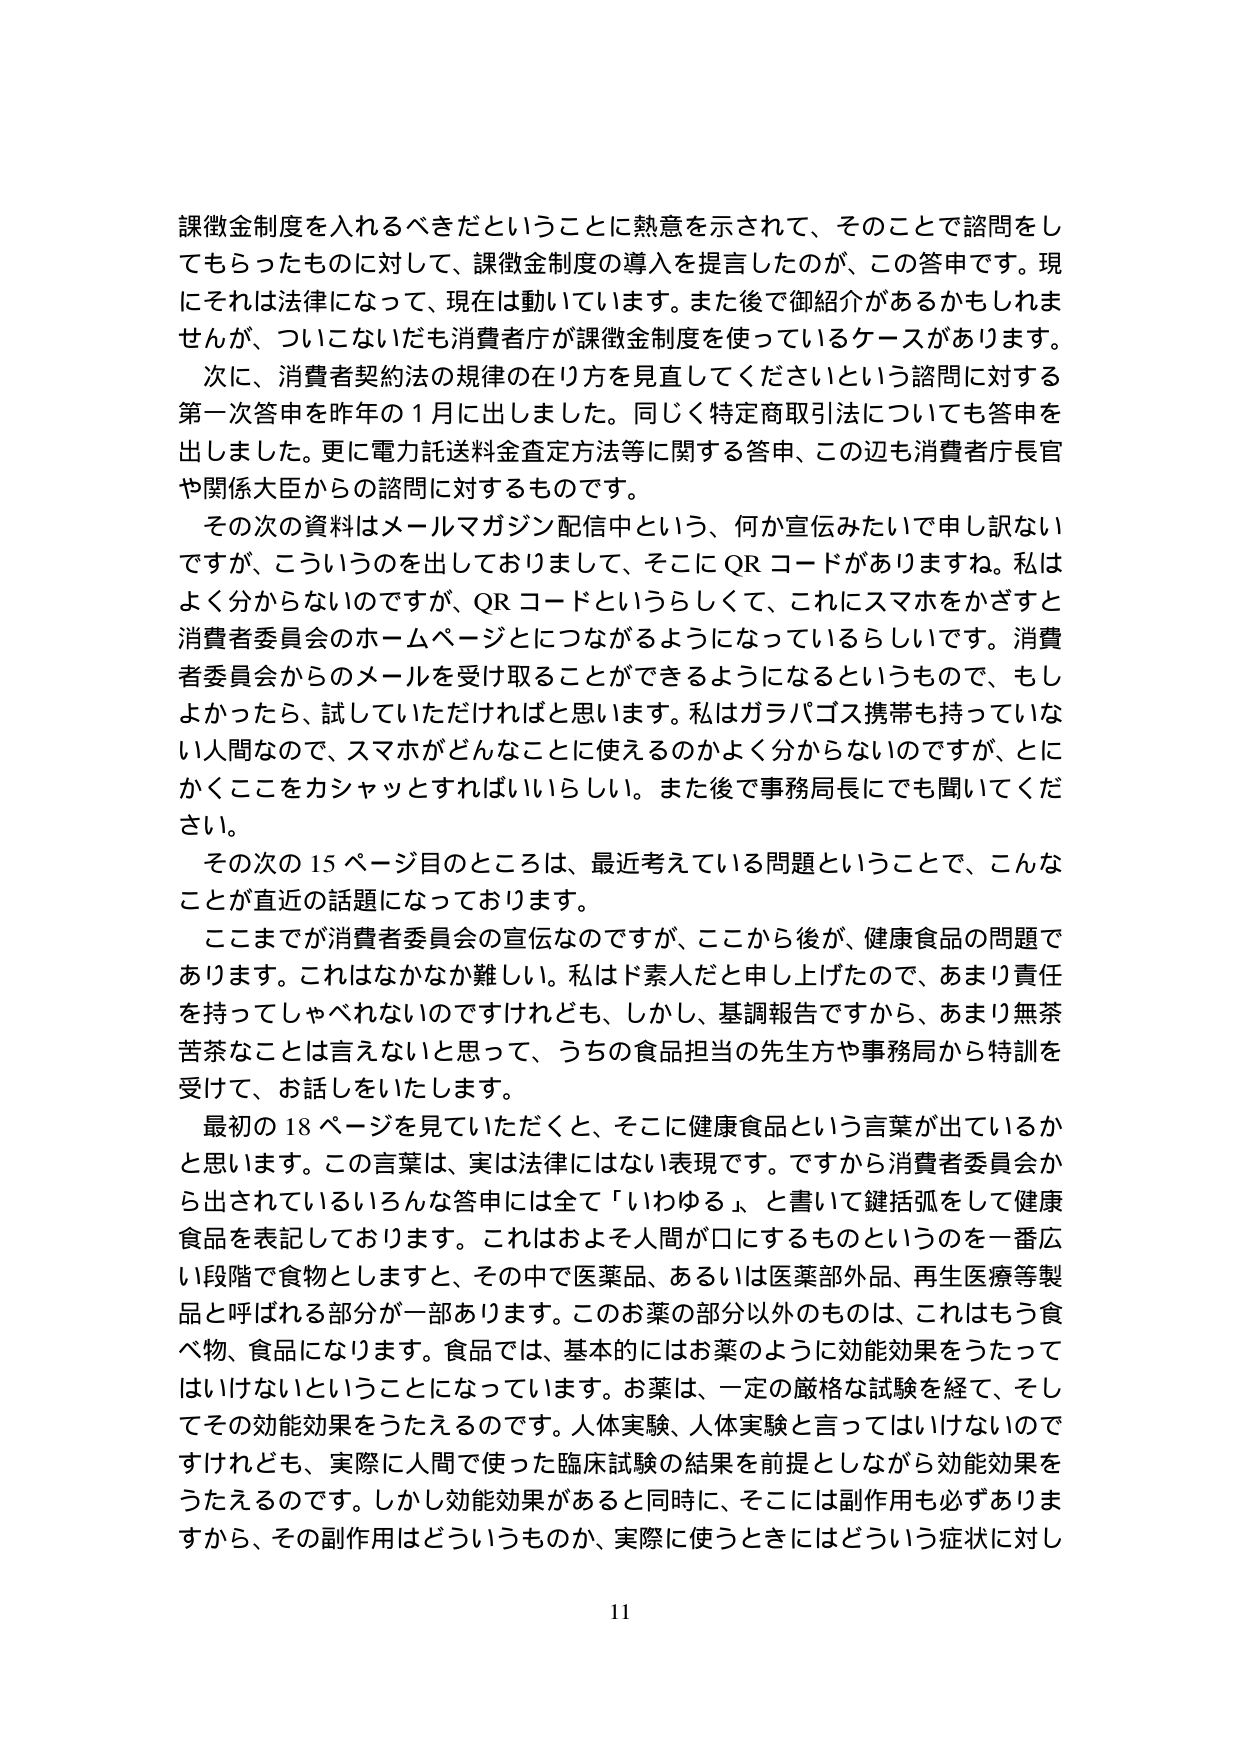
課徴金制度を入れるべきだということに熱意を示されて、そのことで諮問をし
てもらったものに対して、課徴金制度の導入を提言したのが、この答申です。現
にそれは法律になって、現在は動いています。また後で御紹介があるかもしれま
せんが、ついこないだも消費者庁が課徴金制度を使っているケースがあります。
次に、消費者契約法の規律の在り方を見直してくださいという諮問に対する
第一次答申を昨年の１月に出しました。同じく特定商取引法についても答申を
出しました。更に電力託送料金査定方法等に関する答申、この辺も消費者庁長官
や関係大臣からの諮問に対するものです。
その次の資料はメールマガジン配信中という、何か宣伝みたいで申し訳ない
ですが、こういうのを出しておりまして、そこにQRコードがありますね。私は
よく分からないのですが、QRコードというらしくて、これにスマホをかざすと
消費者委員会のホームページとにつながるようになっているらしいです。消費
者委員会からのメールを受け取ることができるようになるというもので、もし
よかったら、試していただければと思います。私はガラバゴス携帯も持っていな
い人間なので、スマホがどんなことに使えるのかよく分からないのですが、とに
かくここをカシャッとすればいいらしい。また後で事務局長にでも聞いてくだ
さい。
その次の15ページ目のところは、最近考えている問題ということで、こんな
ことが直近の話題になっております。
ここまでが消費者委員会の宣伝なのですが、ここから後が、健康食品の問題で
あります。これはなかなか難しい。私はド素人だと申し上げたので、あまり責任
を持ってしゃべれないのですけれども、しかし、基調報告ですから、あまり無茶
苦茶なことは言えないと思って、うちの食品担当の先生方や事務局から特訓を
受けて、お話しをいたします。
最初の18ページを見ていただくと、そこに健康食品という言葉が出ているか
と思います。この言葉は、実は法律にはない表現です。ですから消費者委員会か
ら出されているいろんな答申には全て「いわゆる」、と書いて鍵括弧をして健康
食品を表記しております。これはおよそ人間が口にするものというのを一番広
い段階で食物としますと、その中で医薬品、あるいは医薬部外品、再生医療等製
品と呼ばれる部分が一部あります。このお薬の部分以外のものは、これはもう食
べ物、食品になります。食品では、基本的にはお薬のように効能効果をうたって
はいけないということになっています。お薬は、一定の厳格な試験を経て、そし
てその効能効果をうたえるのです。人体実験、人体実験と言ってはいけないのです
けれども、実際に人間で使った臨床試験の結果を前提としながら効能効果を
うたえるのです。しかし効能効果があると同時に、そこには副作用も必ずありま
すから、その副作用はどういうものか、実際に使うときにはどういう症状に対し
11